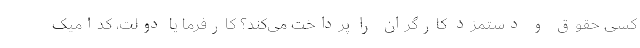
کسی حقوق و دستمزد کارگران را پرداخت می‌کند؟ کارفرما یا دولت، کدامیک